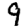
Digit: 9